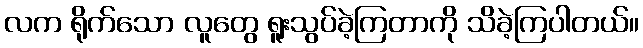
လက ရိုက်သော လူတွေ ရူးသွပ်ခဲ့ကြတာကို သိခဲ့ကြပါတယ်။